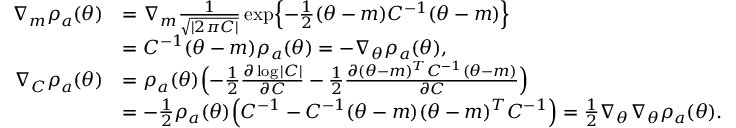
\begin{array} { r l } { \nabla _ { m } \rho _ { a } ( \theta ) } & { = \nabla _ { m } \frac { 1 } { \sqrt { | 2 \pi C | } } \exp \Bigl \{ - \frac { 1 } { 2 } ( \theta - m ) C ^ { - 1 } ( \theta - m ) \Bigr \} } \\ & { = C ^ { - 1 } ( \theta - m ) \rho _ { a } ( \theta ) = - \nabla _ { \theta } \rho _ { a } ( \theta ) , } \\ { \nabla _ { C } \rho _ { a } ( \theta ) } & { = \rho _ { a } ( \theta ) \Bigl ( - \frac { 1 } { 2 } \frac { \partial \log | C | } { \partial C } - \frac { 1 } { 2 } \frac { \partial ( \theta - m ) ^ { T } C ^ { - 1 } ( \theta - m ) } { \partial C } \Bigr ) } \\ & { = - \frac { 1 } { 2 } \rho _ { a } ( \theta ) \Bigl ( C ^ { - 1 } - C ^ { - 1 } ( \theta - m ) ( \theta - m ) ^ { T } C ^ { - 1 } \Bigr ) = \frac { 1 } { 2 } \nabla _ { \theta } \nabla _ { \theta } \rho _ { a } ( \theta ) . } \end{array}